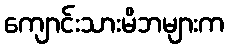
ကျောင်းသားမိဘများက